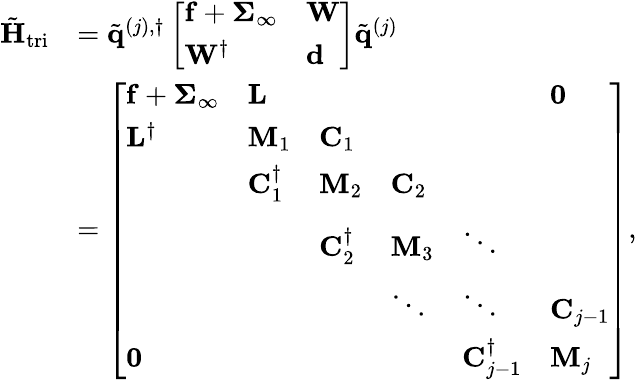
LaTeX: \begin{array}{rl}{\tilde{\mathbf{H}}_{\mathrm{tri}}}&{=\tilde{\mathbf{q}}^{(j),\dagger}\left[\begin{array}{ll}{\mathbf{f}+\boldsymbol{\Sigma}_{\infty}}&{\mathbf{W}}\\ {\mathbf{W}^{\dagger}}&{\mathbf{d}}\end{array}\right]\tilde{\mathbf{q}}^{(j)}}\\ &{=\left[\begin{array}{llllll}{\mathbf{f}+\boldsymbol{\Sigma}_{\infty}}&{\mathbf{L}}&&&&{\mathbf{0}}\\ {\mathbf{L}^{\dagger}}&{\mathbf{M}_{1}}&{\mathbf{C}_{1}}&&&\\ &{\mathbf{C}_{1}^{\dagger}}&{\mathbf{M}_{2}}&{\mathbf{C}_{2}}&&\\ &&{\mathbf{C}_{2}^{\dagger}}&{\mathbf{M}_{3}}&{\ddots}&\\ &&&{\ddots}&{\ddots}&{\mathbf{C}_{j-1}}\\ {\mathbf{0}}&&&&{\mathbf{C}_{j-1}^{\dagger}}&{\mathbf{M}_{j}}\end{array}\right],}\end{array}